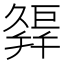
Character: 𢆩